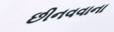
છીનવવાના